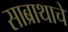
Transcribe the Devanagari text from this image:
साब्राथाचे